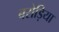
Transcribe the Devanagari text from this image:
बरोड़िया